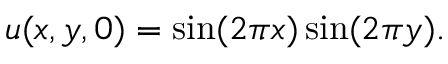
u ( x , y , 0 ) = \sin ( 2 \pi x ) \sin ( 2 \pi y ) .